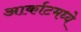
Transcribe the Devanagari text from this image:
आर्काटमध्ये